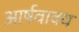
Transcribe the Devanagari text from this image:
आर्षवाक्य